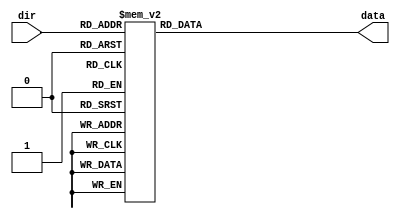
`timescale 1ns / 1ps

module rom(
	//input wire clk,
	input wire [3:0] dir,
	output reg [7:0] data
    );
always @*
	case (dir)
	// CERO
		4'h0: data = 8'h02;
		4'h1: data = 8'h02;
		4'h2: data = 8'h10;
		4'h3: data = 8'hf1;
		4'h4: data = 8'h21;
		4'h5: data = 8'h22;
		4'h6: data = 8'h23;
		4'h7: data = 8'h24;
		4'h8: data = 8'h25;
		4'h9: data = 8'h26;
		4'ha: data = 8'h00;
		4'hb: data = 8'h00;
		4'hc: data = 8'h00;
		4'hd: data = 8'h00;
		4'he: data = 8'h00;
		4'hf: data = 8'h00;
	default: data = 8'h00;
	endcase
endmodule